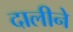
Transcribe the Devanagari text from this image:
दालीने